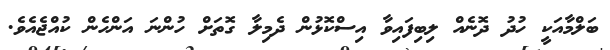
ބަލްމާއަކީ ހުދު ދޮނެއް ލިބިފައިވާ އިސްކޮޅުން ދެމިލާ ގޮތަށް ހުންނަ އަންހެން ކުއްޖެއެވެ.